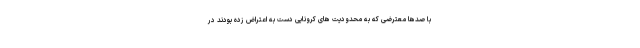
با صدها معترضی که به محدودیت های کرونایی دست به اعتراض زده بودند در